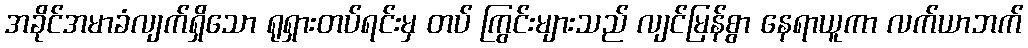
အခိုင်အမာခံလျက်ရှိသော ရုရှားတပ်ရင်းမှ တပ် ကြွင်းများသည် လျင်မြန်စွာ နေရာယူကာ လက်ယာဘက်